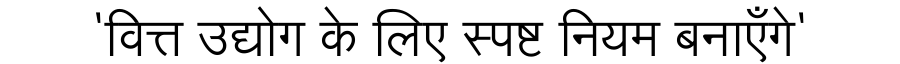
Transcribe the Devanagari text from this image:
'वित्त उद्योग के लिए स्पष्ट नियम बनाएँगे'